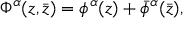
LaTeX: \Phi ^ { \alpha } ( z , \bar { z } ) = \phi ^ { \alpha } ( z ) + \bar { \phi } ^ { \alpha } ( \bar { z } ) ,